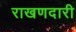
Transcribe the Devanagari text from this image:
राखणदारी